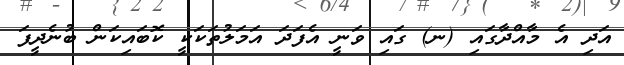
އަދި އެ މާއްދާގައި (ނ) ގައި ވަނީ އެފަދަ އަމަލުތަކަކީ ކޮބައިކަން ބުނެދީފަ